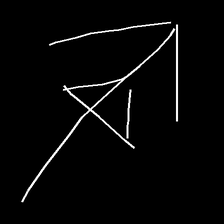
Glyph: pull